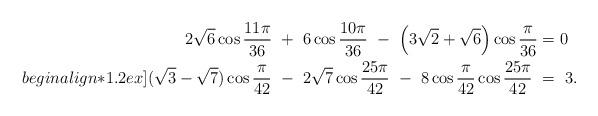
LaTeX: \begin{align*} 2\sqrt{6}\cos \frac{11\pi}{36} \ +\ 6\cos \frac{10\pi}{36} \ - \ \left(3\sqrt{2}+\sqrt{6}\right)\cos \frac{\pi}{36} &= 0 \\begin{align*}1.2ex](\sqrt{3}-\sqrt{7})\cos \frac{\pi}{42} \ -\ 2\sqrt{7}\cos \frac{25\pi}{42} \ -\ 8\cos \frac{\pi}{42}\cos \frac{25\pi}{42} \ &=\ 3. \end{align*}